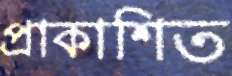
প্রাকাশিত